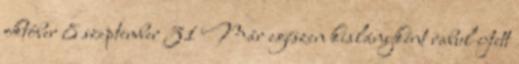
október 8 szeptember 31 Már egészen kislányként rabul ejtett